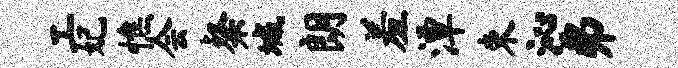
工妃憔会粲城朗羞潭束沁弗